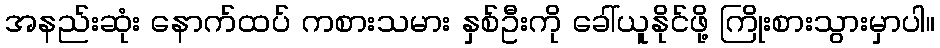
အနည်းဆုံး နောက်ထပ် ကစားသမား နှစ်ဦးကို ခေါ်ယူနိုင်ဖို့ ကြိုးစားသွားမှာပါ။